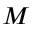
M